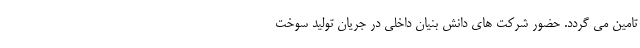
تامين مي گردد. حضور شركت هاي دانش بنيان داخلي در جريان توليد سوخت